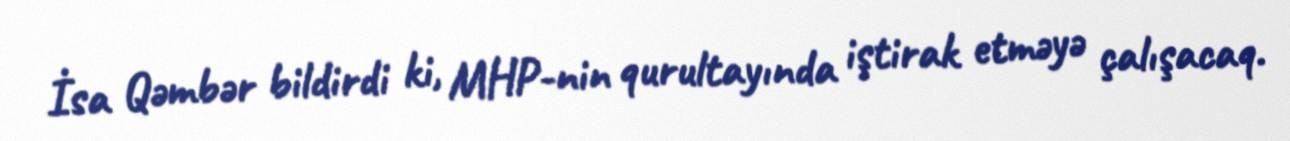
İsa Qəmbər bildirdi ki, MHP-nin qurultayında iştirak etməyə çalışacaq.